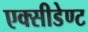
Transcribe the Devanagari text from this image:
एक्सीडेण्ट